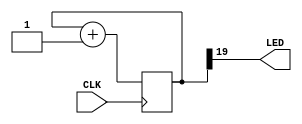
module blink( input CLK, 
                    output LED
);

    reg [25:0] counter;
    assign LED = -counter[19];
    initial begin
         counter = 0;
    end
    always @(posedge  CLK)
    begin
        counter <= counter + 1;
    end

endmodule